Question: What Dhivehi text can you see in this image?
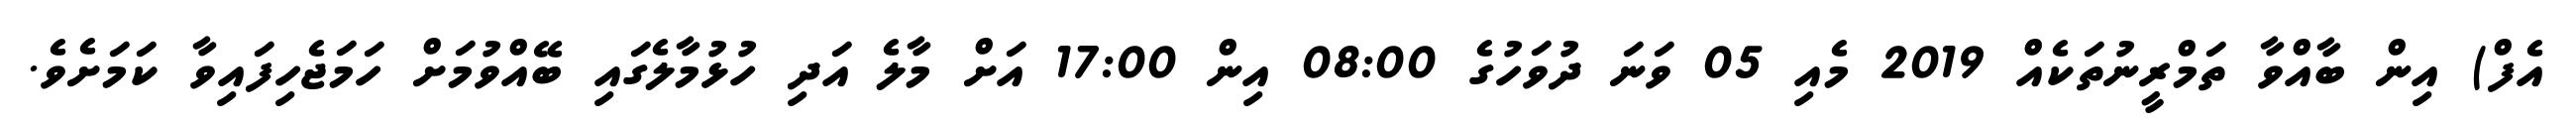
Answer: އެފް) އިން ބާއްވާ ތަމްރީނުތަކެއް 2019 މެއި 05 ވަނަ ދުވަހުގެ 08:00 އިން 17:00 އަށް މާލެ އަދި ހުޅުމާލެގައި ބޭއްވުމަށް ހަމަޖެހިފައިވާ ކަމަށެވެ.